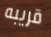
قريبه